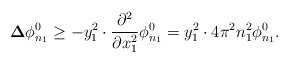
\begin{align*}{\bf \Delta} \phi_{n_{1}}^{0} \geq - y_{1}^{2} \cdot\frac{\partial^{2}}{\partial x_{1}^{2}}\phi_{n_{1}}^{0} = y_{1}^{2} \cdot 4 \pi ^{2}n_{1}^{2}\phi_{n_{1}}^{0}.\end{align*}